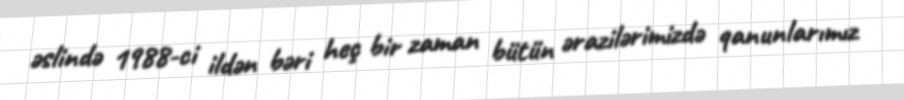
əslində 1988-ci ildən bəri heç bir zaman bütün ərazilərimizdə qanunlarımız